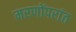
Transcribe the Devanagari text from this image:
मरणोंपरांत